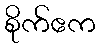
စိုက်ဧက